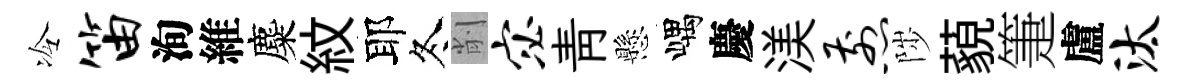
冷笛洵維麋紋耶冬削宓靑懸嵎慶渼煎陟藐箑盧汰